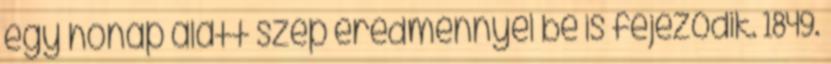
egy hónap alatt szép eredménnyel be is fejeződik. 1849.